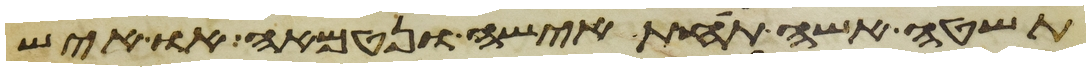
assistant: תשטה אשה תחת אישה ונטמאה או איש